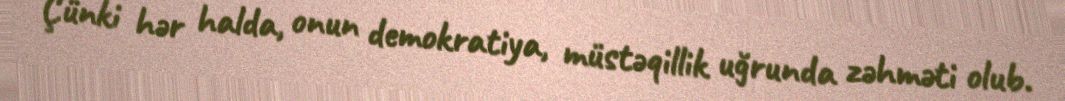
Çünki hər halda, onun demokratiya, müstəqillik uğrunda zəhməti olub.